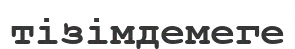
тізімдемеге